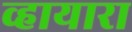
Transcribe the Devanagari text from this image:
व्हायारा